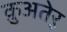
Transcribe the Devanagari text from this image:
क़ुअतेर्